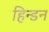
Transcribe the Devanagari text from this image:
हिन्‍डन